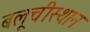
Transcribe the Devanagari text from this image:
बलूचीस्थान